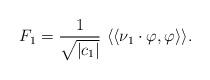
LaTeX: \begin{align*}F_1= \frac{1}{\sqrt{|c_1|}}\ \langle\langle \nu_1 \cdot \varphi , \varphi \rangle\rangle.\end{align*}